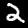
Label: 2